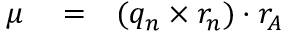
\begin{array} { r l r } { \mu } & { { } = } & { ( q _ { n } \times r _ { n } ) \cdot r _ { A } } \end{array}